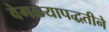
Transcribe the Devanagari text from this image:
वेगळ्यापद्धतीने